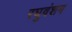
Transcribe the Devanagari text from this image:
रघुवंशम